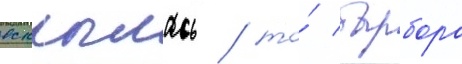
вскрылась / то́ барбора